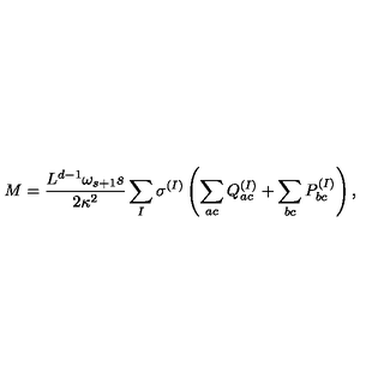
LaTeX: M = \frac { L ^ { d - 1 } \omega _ { s + 1 } s } { 2 \kappa ^ { 2 } } \sum _ { I } \sigma ^ { ( I ) } \left( \sum _ { a c } Q _ { a c } ^ { ( I ) } + \sum _ { b c } P _ { b c } ^ { ( I ) } \right) ,